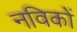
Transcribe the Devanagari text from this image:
नविकों